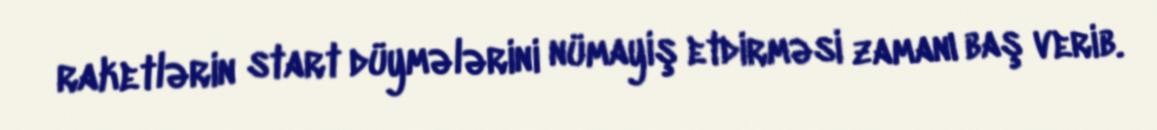
raketlərin start düymələrini nümayiş etdirməsi zamanı baş verib.